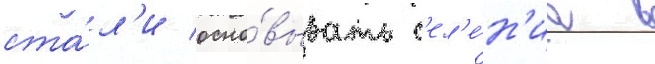
ста́л'и осно́вывать с'ел'е́н'иа в